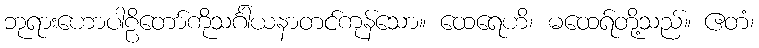
ဘုရားဟောပါဠိတော်ကိုသင်္ဂါယနာတင်ကုန်သော။ ထေရေဟိ၊ မထေရ်တို့သည်။ ဧတံ၊